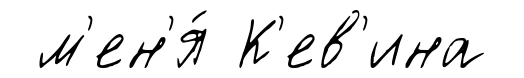
м'ен'я́ К'ев'ина